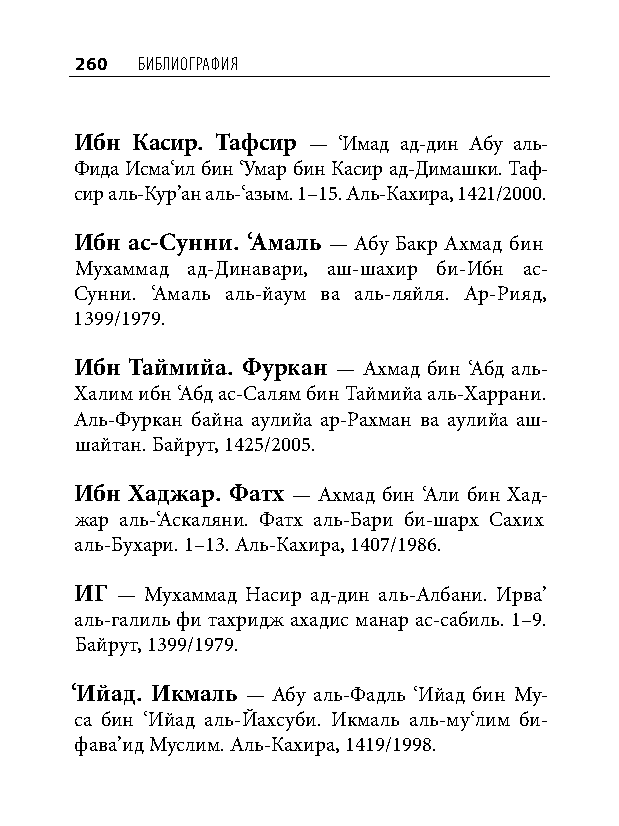
260 библиография
 Ибн Касир. Тафсир — ‘Имад ад-дин Абу аль-
 Фида Исма‘ил бин ‘Умар бин Касир ад-Димашки. Таф-
 сир аль-Кур’ан аль-‘азым. 1–15. Аль-Кахира, 1421/2000.
 Ибн ас-Сунни. ‘Амаль — Абу Бакр Ахмад бин
 Мухаммад ад-Динавари, аш-шахир би-Ибн ас-
 Сунни. ‘Амаль аль-йаум ва аль-ляйля. Ар-Рияд,
 1399/1979.
 Ибн Таймийа. Фуркан — Ахмад бин ‘Абд аль-
 Халим ибн ‘Абд ас-Салям бин Таймийа аль-Харрани.
 Аль-Фуркан байна аулийа ар-Рахман ва аулийа аш-
 шайтан. Байрут, 1425/2005.
 Ибн Хаджар. Фатх — Ахмад бин ‘Али бин Хад-
 жар аль-‘Аскаляни. Фатх аль-Бари би-шарх Сахих
 аль-Бухари. 1–13. Аль-Кахира, 1407/1986.
 ИГ — Мухаммад Насир ад-дин аль-Албани. Ирва’
 аль-галиль фи тахридж ахадис манар ас-сабиль. 1–9.
 Байрут, 1399/1979.
 ‘Ийад. Икмаль — Абу аль-Фадль ‘Ийад бин Му-
 са бин ‘Ийад аль-Йахсуби. Икмаль аль-му‘лим би-
 фава’ид Муслим. Аль-Кахира, 1419/1998.